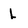
Character: l